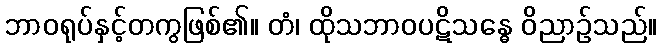
ဘာဝရုပ်နှင့်တကွဖြစ်၏။ တံ၊ ထိုသဘာဝပဋိသန္ဓေ ဝိညာဉ်သည်။